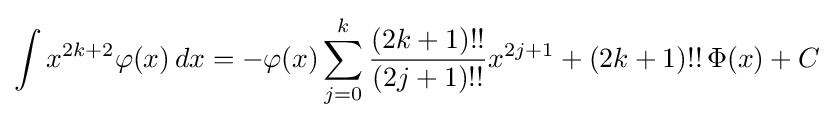
\int x^{2k+2}\varphi (x)\,dx=-\varphi (x)\sum _{j=0}^{k}{\frac {(2k+1)!!}{(2j+1)!!}}x^{2j+1}+(2k+1)!!\,\Phi (x)+C